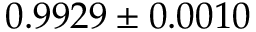
0 . 9 9 2 9 \pm 0 . 0 0 1 0